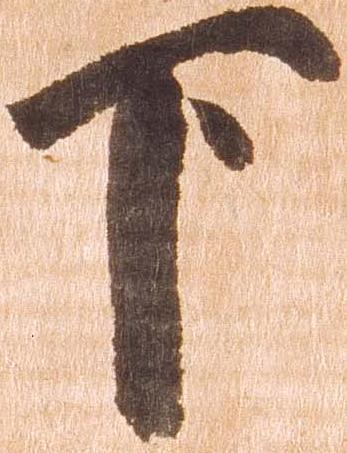
下